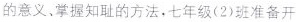
的意义，掌握知耻的方法，七年级(2)班准备开